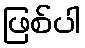
ဖြစ်ပါ